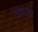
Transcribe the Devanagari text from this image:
सीग्नापुर